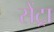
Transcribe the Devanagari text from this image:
सेंट्रा